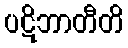
ပဋိဘာတီတိ